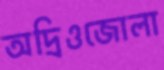
অদ্রিওজোলা